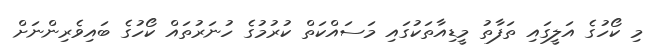
މި ކޯހުގެ އަލީގައި ތަފާތު މީޑިއާތަކުގައި މަސައްކަތް ކުރުމުގެ ހުނަރުތައް ކޯހުގެ ބައިވެރިންނަށް